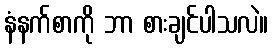
နံနက်စာကို ဘာ စားချင်ပါသလဲ။